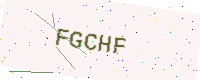
Text: FGCHF